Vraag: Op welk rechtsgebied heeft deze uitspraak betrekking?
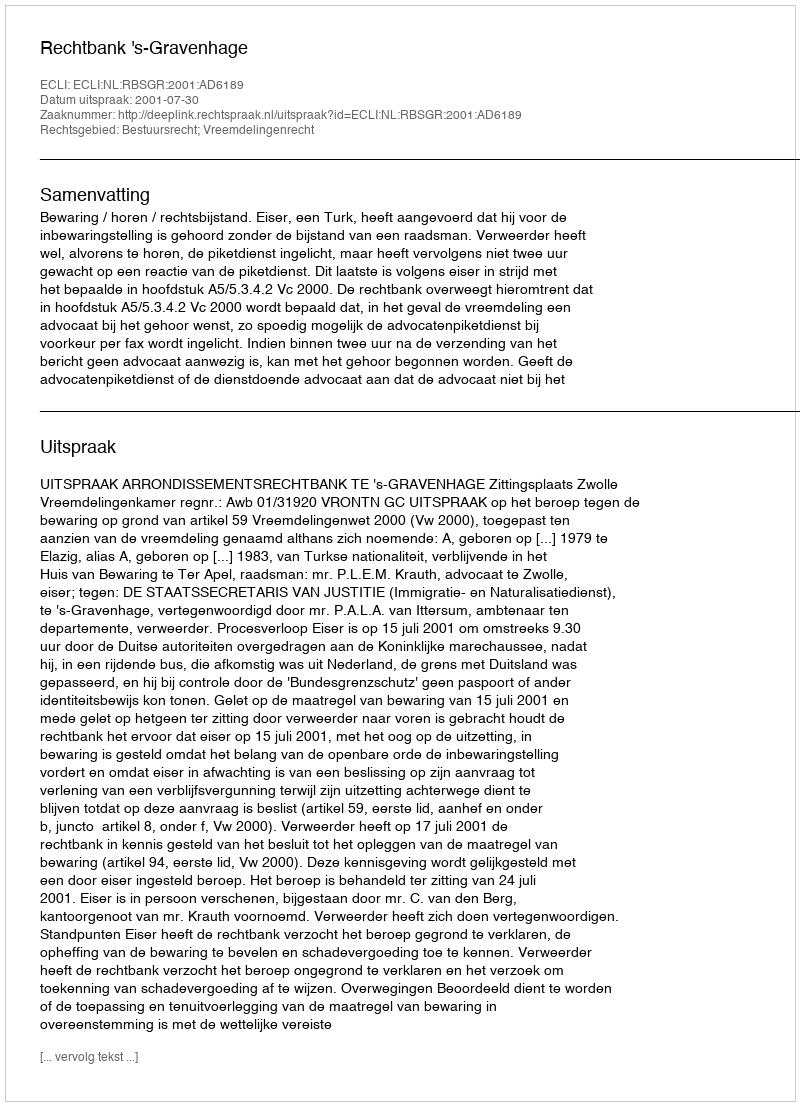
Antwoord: Bestuursrecht; Vreemdelingenrecht